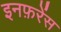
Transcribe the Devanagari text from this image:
इनफ़रेंस